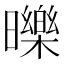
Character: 𣋵